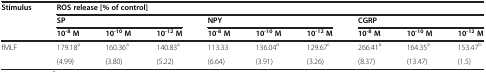
<table><thead><tr><td><b>Stimulus</b></td><td colspan="9"><b>ROS release [% of control]</b></td></tr><tr><td><b> </b></td><td colspan="3"><b>SP</b></td><td colspan="3"><b>NPY</b></td><td colspan="3"><b>CGRP</b></td></tr><tr><td><b> </b></td><td><b>10<sup>-8</sup> M</b></td><td><b>10<sup>-10</sup> M</b></td><td><b>10<sup>-12</sup> M</b></td><td><b>10<sup>-8</sup> M</b></td><td><b>10<sup>-10</sup> M</b></td><td><b>10<sup>-12</sup> M</b></td><td><b>10<sup>-8</sup> M</b></td><td><b>10<sup>-10</sup> M</b></td><td><b>10<sup>-12</sup> M</b></td></tr></thead><tbody><tr><td>fMLF</td><td>179.18<sup>a</sup></td><td>160.36<sup>a</sup></td><td>140.83<sup>a</sup></td><td>113.33</td><td>136.04<sup>a</sup></td><td>129.67<sup>c</sup></td><td>266.41<sup>a</sup></td><td>164.35<sup>a</sup></td><td>153.47<sup>b</sup></td></tr><tr><td> </td><td>(4.99)</td><td>(3.80)</td><td>(5.22)</td><td>(6.64)</td><td>(3.91)</td><td>(3.26)</td><td>(8.37)</td><td>(13.47)</td><td>(1.5)</td></tr></tbody></table>